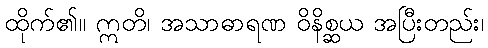
ထိုက်၏။ ဣတိ၊ အသာဓာရဏ ဝိနိစ္ဆယ အပြီးတည်း၊